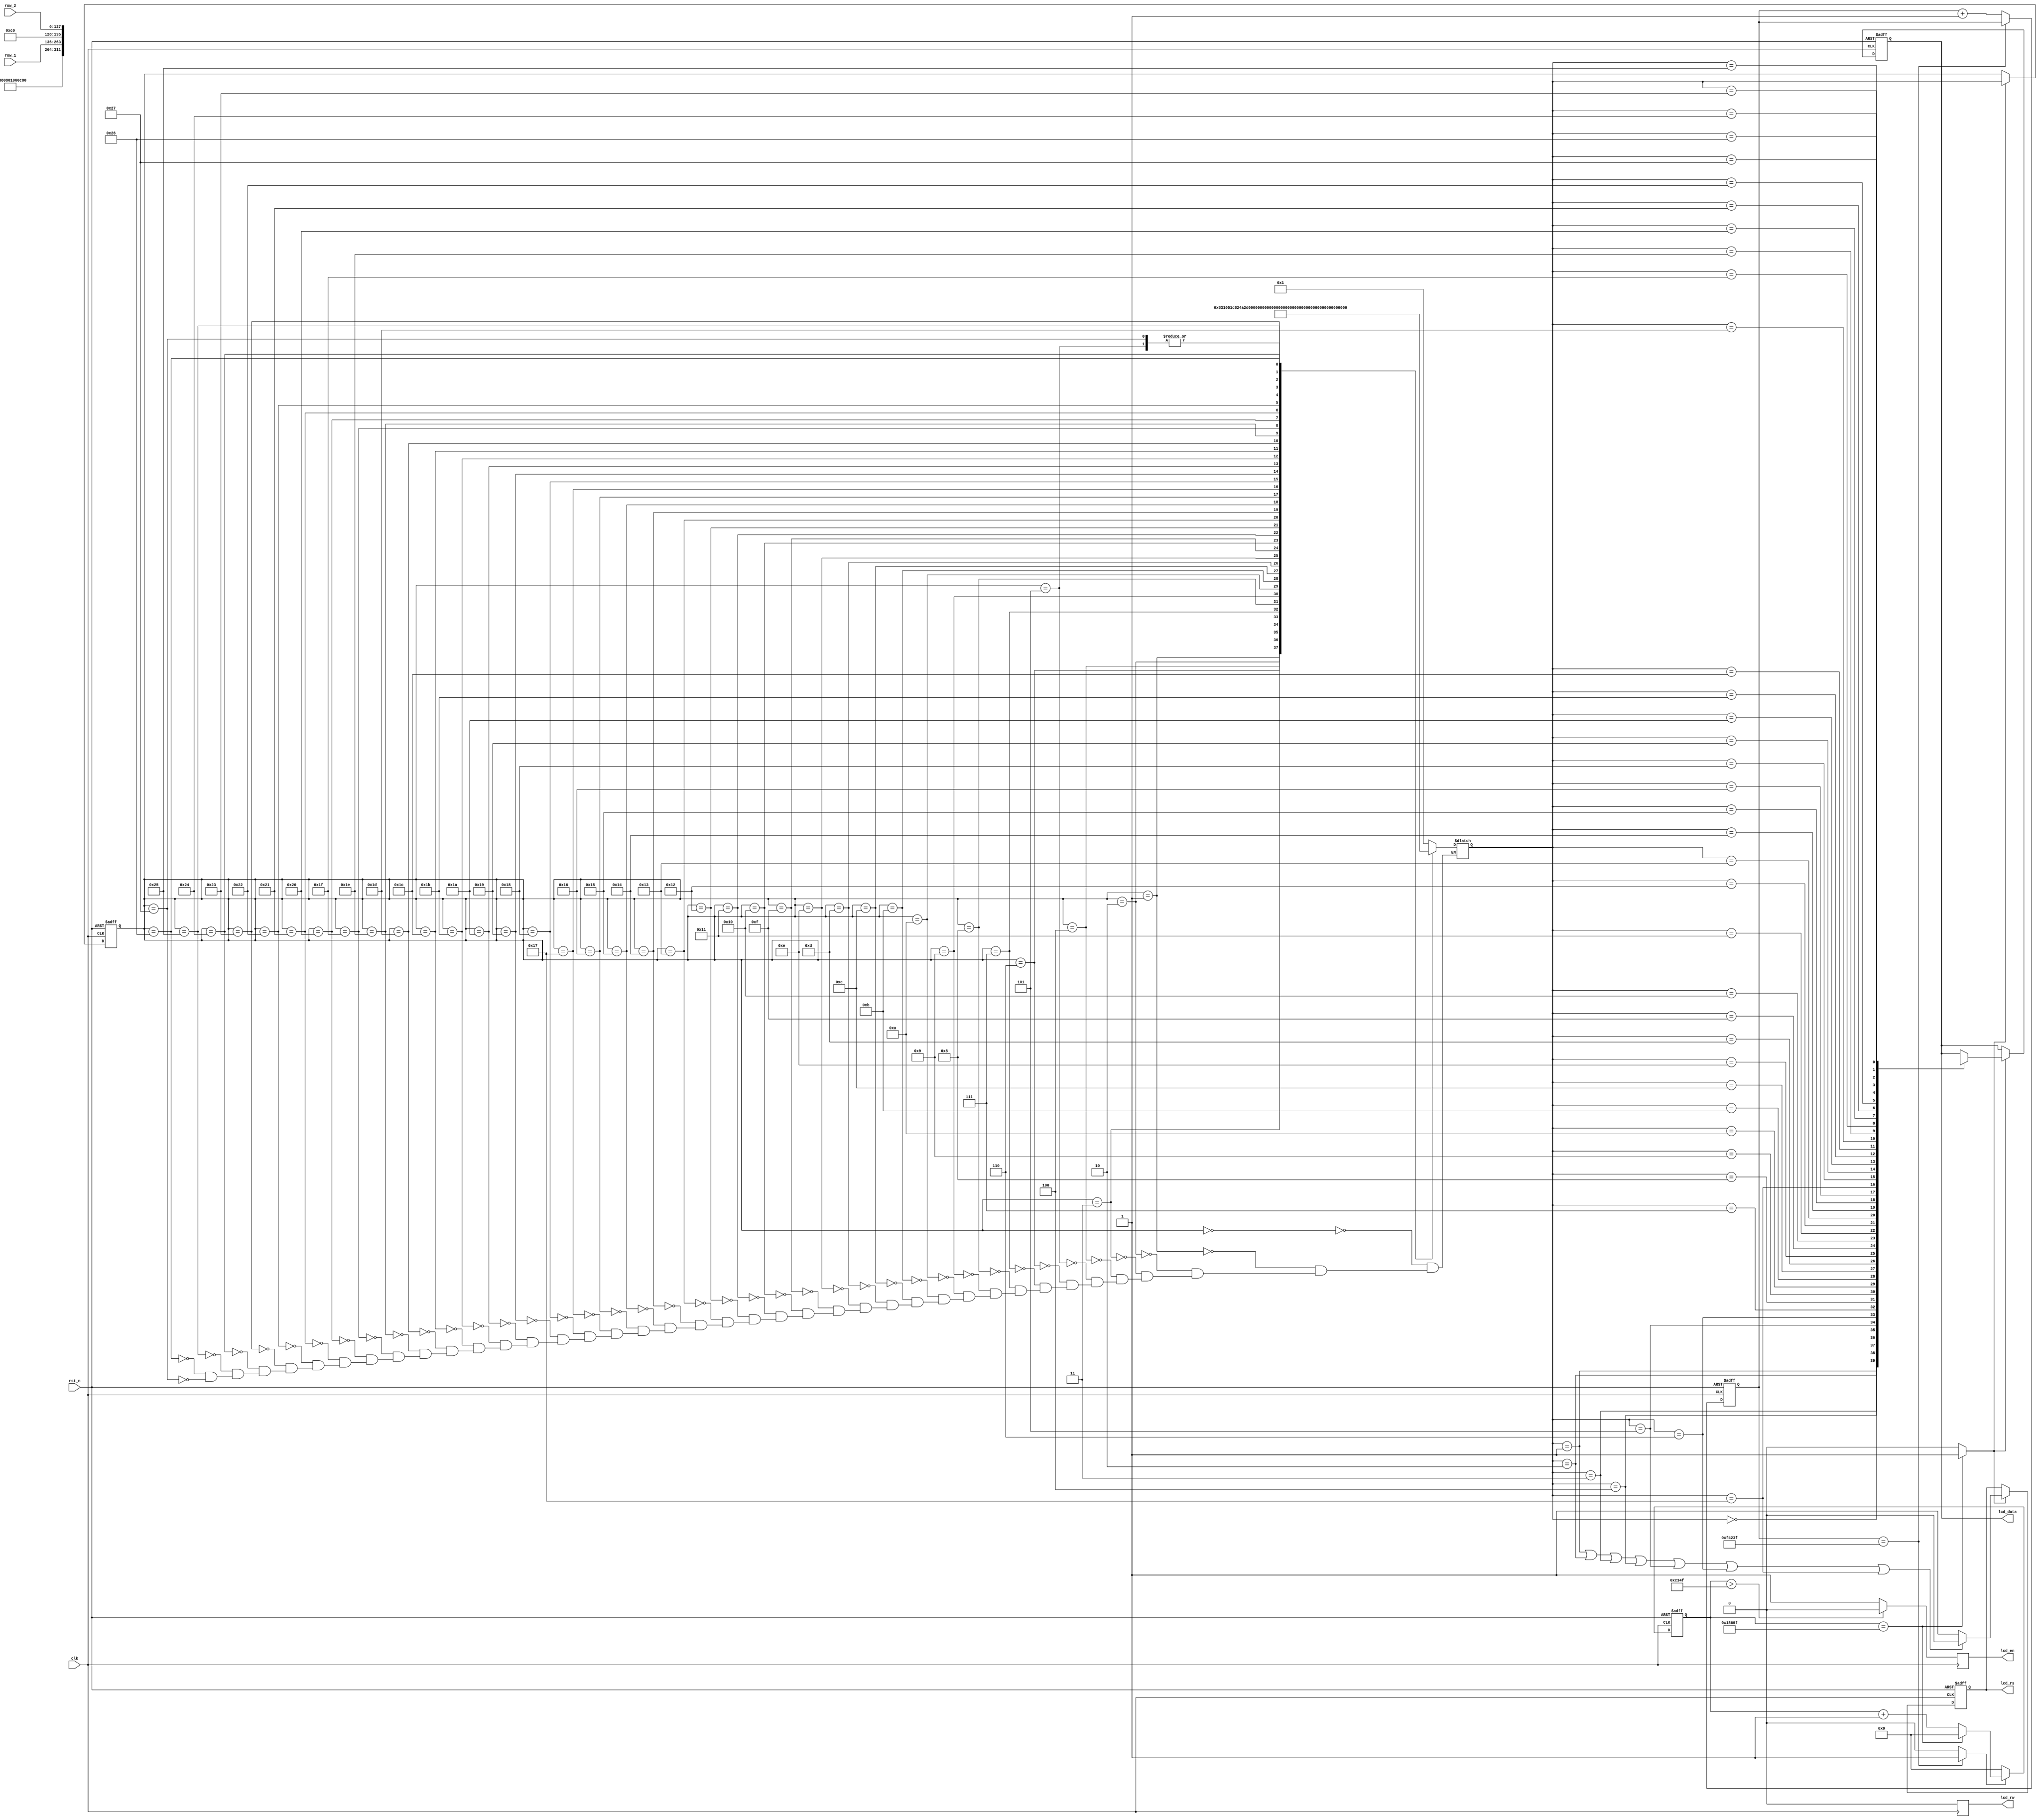
module lcd (
    input clk,
    input rst_n,
    input wire [127:0] row_1,
    input wire [127:0] row_2,

    output reg lcd_en,
    output reg lcd_rw,
    output reg lcd_rs,
    output reg [7:0] lcd_data
);
	 //wire [127:0] row_1;
    //wire [127:0] row_2;

    reg [5:0] state;
    reg [5:0] state_next;

    parameter IDLE = 6'b00;
    parameter SET_FUNCTION = 6'b01;
    parameter DISP_OFF = 6'b10;
    parameter DISP_CLEAR = 6'b11;
    parameter ENTRY = 6'b100;
    parameter DISP_ON = 6'b101;

    parameter ROW1_ADDR = 6'b110;
    parameter ROW1_0 = 6'b111;
    parameter ROW1_1 = 6'b1000;
    parameter ROW1_2 = 6'b1001;
    parameter ROW1_3 = 6'b1010;
    parameter ROW1_4 = 6'b1011;
    parameter ROW1_5 = 6'b1100;
    parameter ROW1_6 = 6'b1101;
    parameter ROW1_7 = 6'b1110;
    parameter ROW1_8 = 6'b1111;
    parameter ROW1_9 = 6'b10000;
    parameter ROW1_10 = 6'b10001;
    parameter ROW1_11 = 6'b10010;
    parameter ROW1_12 = 6'b10011;
    parameter ROW1_13 = 6'b10100;
    parameter ROW1_14 = 6'b10101;
    parameter ROW1_15 = 6'b10110;

    parameter ROW2_ADDR = 6'b10111;
    parameter ROW2_0 = 6'b11000;
    parameter ROW2_1 = 6'b11001;
    parameter ROW2_2 = 6'b11010;
    parameter ROW2_3 = 6'b11011;
    parameter ROW2_4 = 6'b11100;
    parameter ROW2_5 = 6'b11101;
    parameter ROW2_6 = 6'b11110;
    parameter ROW2_7 = 6'b11111;
    parameter ROW2_8 = 6'b100000;
    parameter ROW2_9 = 6'b100001;
    parameter ROW2_10 = 6'b100010;
    parameter ROW2_11 = 6'b100011;
    parameter ROW2_12 = 6'b100100;
    parameter ROW2_13 = 6'b100101;
    parameter ROW2_14 = 6'b100110;
    parameter ROW2_15 = 6'b100111;

    parameter TIME_20MS = 20'd1_000_000;
    reg [19:0] count_20ms;
    wire delay_done;
    always @(posedge clk or negedge rst_n) begin
        if(!rst_n)begin
            count_20ms <= 1'b0;
        end
        else if (count_20ms == TIME_20MS - 1) begin
            count_20ms <= count_20ms;
        end
        else
            count_20ms <= count_20ms + 1'b1;
    end
    assign delay_done = (count_20ms == TIME_20MS-1)? 1'b1: 1'b0;

    parameter TIME_500HZ = 20'd100_000;
    reg [19:0] count_500hz;
    always @(posedge clk or negedge rst_n) begin
        if(!rst_n)begin
            count_500hz <= 1'b0;
        end
        else if (delay_done == 1) begin
            if (count_500hz == TIME_500HZ - 1) begin
                count_500hz <= 0;
            end else begin
                count_500hz <= count_500hz + 1'b1;
            end
        end
        else
            count_500hz <= 1'b0;
    end
	 wire write_flag;
//    assign lcd_en = (count_500hz > (TIME_500HZ - 1) / 2)? 1'b0: 1'b1;
    assign write_flag = (count_500hz == TIME_500HZ - 1)? 1'b1: 1'b0;
    always@(posedge clk)
    begin
//        lcd_en <= (count_500hz > (TIME_500HZ - 1) / 2)? 1'b0: 1'b1;
        if (count_500hz > (TIME_500HZ - 1) / 2)
            lcd_en <= 1'b0;
        else
            lcd_en <= 1'b1;
    end
    always@(posedge clk)
    begin
        lcd_rw <= 1'b0;
    end
    always @(posedge clk or negedge rst_n) begin
        if (!rst_n) begin
            state <= IDLE;
        end
        else if (write_flag == 1) begin
            state <= state_next;
        end
        else
            state <= state;
    end

    always @(*) begin
        case (state)
            IDLE: state_next <= SET_FUNCTION;
            SET_FUNCTION: state_next <= DISP_OFF;
            DISP_OFF: state_next <= DISP_CLEAR; 
            DISP_CLEAR: state_next <= ENTRY; 
            ENTRY: state_next <= DISP_ON; 
            DISP_ON: state_next <= ROW1_ADDR;

            ROW1_ADDR: state_next <= ROW1_0; 
            ROW1_0: state_next <= ROW1_1; 
            ROW1_1: state_next <= ROW1_2; 
            ROW1_2: state_next <= ROW1_3; 
            ROW1_3: state_next <= ROW1_4; 
            ROW1_4: state_next <= ROW1_5; 
            ROW1_5: state_next <= ROW1_6; 
            ROW1_6: state_next <= ROW1_7; 
            ROW1_7: state_next <= ROW1_8; 
            ROW1_8: state_next <= ROW1_9; 
            ROW1_9: state_next <= ROW1_10; 
            ROW1_10: state_next <= ROW1_11; 
            ROW1_11: state_next <= ROW1_12; 
            ROW1_12: state_next <= ROW1_13; 
            ROW1_13: state_next <= ROW1_14; 
            ROW1_14: state_next <= ROW1_15; 
            ROW1_15: state_next <= ROW2_ADDR; 

            ROW2_ADDR: state_next <= ROW2_0;
            ROW2_0: state_next <= ROW2_1; 
            ROW2_1: state_next <= ROW2_2; 
            ROW2_2: state_next <= ROW2_3; 
            ROW2_3: state_next <= ROW2_4; 
            ROW2_4: state_next <= ROW2_5; 
            ROW2_5: state_next <= ROW2_6; 
            ROW2_6: state_next <= ROW2_7; 
            ROW2_7: state_next <= ROW2_8; 
            ROW2_8: state_next <= ROW2_9; 
            ROW2_9: state_next <= ROW2_10; 
            ROW2_10: state_next <= ROW2_11; 
            ROW2_11: state_next <= ROW2_12; 
            ROW2_12: state_next <= ROW2_13; 
            ROW2_13: state_next <= ROW2_14; 
            ROW2_14: state_next <= ROW2_15;
            ROW2_15: state_next <= ROW1_ADDR;

            default: state_next <= state_next;
        endcase
    end

//    assign lcd_rw = 1'b0;

    always @(posedge clk or negedge rst_n) begin
        if(!rst_n) begin
            lcd_rs <= 1'b0;
        end
        else if (write_flag == 1'b1) begin
            if ((state_next == SET_FUNCTION)||(state_next == DISP_OFF)||(state_next == DISP_CLEAR)||
                (state_next == ENTRY)||(state_next == DISP_ON)||(state_next == ROW1_ADDR)||
                (state_next == ROW2_ADDR)) begin
                lcd_rs <= 1'b0;
            end else begin
                lcd_rs <= 1'b1;
            end
        end
        else
            lcd_rs <= lcd_rs;
    end

    always @(posedge clk or negedge rst_n) begin
        if(!rst_n)
            lcd_data <= 1'b0;
        else if (write_flag) begin
            case (state_next)
                IDLE: lcd_data <= 8'hxx;
                SET_FUNCTION: lcd_data <= 8'h38;
                DISP_OFF: lcd_data <= 8'h08;
                DISP_CLEAR: lcd_data <= 8'h01;
                ENTRY: lcd_data <= 8'h06;
                DISP_ON: lcd_data <= 8'h0c;  //
                ROW1_ADDR: lcd_data <= 8'h80; //00+80
                ROW1_0: lcd_data <= row_1 [127:120];
                ROW1_1: lcd_data <= row_1 [119:112];
                ROW1_2: lcd_data <= row_1 [111:104];
                ROW1_3: lcd_data <= row_1 [103: 96];
                ROW1_4: lcd_data <= row_1 [ 95: 88];
                ROW1_5: lcd_data <= row_1 [ 87: 80];
                ROW1_6: lcd_data <= row_1 [ 79: 72];
                ROW1_7: lcd_data <= row_1 [ 71: 64];
                ROW1_8: lcd_data <= row_1 [ 63: 56];
                ROW1_9: lcd_data <= row_1 [ 55: 48];
                ROW1_10: lcd_data <= row_1 [ 47: 40];
                ROW1_11: lcd_data <= row_1 [ 39: 32];
                ROW1_12: lcd_data <= row_1 [ 31: 24];
                ROW1_13: lcd_data <= row_1 [ 23: 16];
                ROW1_14: lcd_data <= row_1 [ 15:  8];
                ROW1_15: lcd_data <= row_1 [  7:  0];

                ROW2_ADDR: lcd_data <= 8'hc0;      //40+80
                ROW2_0: lcd_data <= row_2 [127:120];
                ROW2_1: lcd_data <= row_2 [119:112];
                ROW2_2: lcd_data <= row_2 [111:104];
                ROW2_3: lcd_data <= row_2 [103: 96];
                ROW2_4: lcd_data <= row_2 [ 95: 88];
                ROW2_5: lcd_data <= row_2 [ 87: 80];
                ROW2_6: lcd_data <= row_2 [ 79: 72];
                ROW2_7: lcd_data <= row_2 [ 71: 64];
                ROW2_8: lcd_data <= row_2 [ 63: 56];
                ROW2_9: lcd_data <= row_2 [ 55: 48];
                ROW2_10: lcd_data <= row_2 [ 47: 40];
                ROW2_11: lcd_data <= row_2 [ 39: 32];
                ROW2_12: lcd_data <= row_2 [ 31: 24];
                ROW2_13: lcd_data <= row_2 [ 23: 16];
                ROW2_14: lcd_data <= row_2 [ 15:  8];
                ROW2_15: lcd_data <= row_2 [  7:  0];
                default: lcd_data <= lcd_data;
            endcase
        end
        else
            lcd_data <= lcd_data;
    end

endmodule